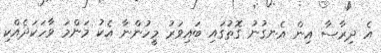
އެ ދިރާސާ އިން އެނގުނު ގޮތުގައި ބައިވަރު މީހުންނާ އެކު މަންމަ ވާހަކަދެއްކި